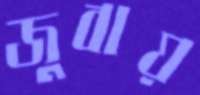
জুবায়